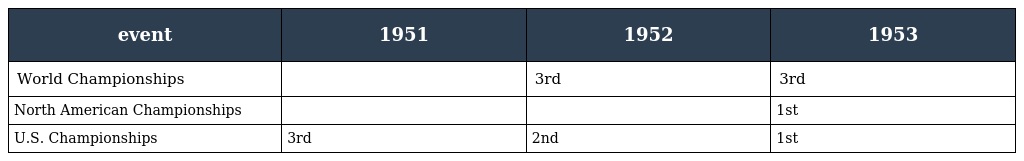
| event | 1951 | 1952 | 1953 |
 | --- | --- | --- | --- |
 | World Championships |  | 3rd | 3rd |
 | North American Championships |  |  | 1st |
 | U.S. Championships | 3rd | 2nd | 1st |